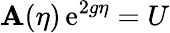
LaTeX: \mathbf{A}(\eta)\, \mathrm{{e}}^{2g\eta}=U